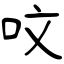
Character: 呅